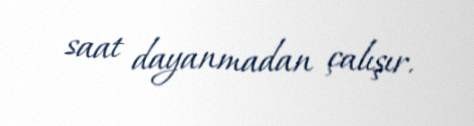
saat dayanmadan çalışır.